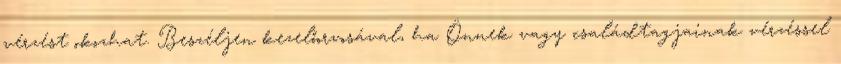
vérzést okozhat. Beszéljen kezelőorvosával, ha Önnek vagy családtagjainak vérzéssel